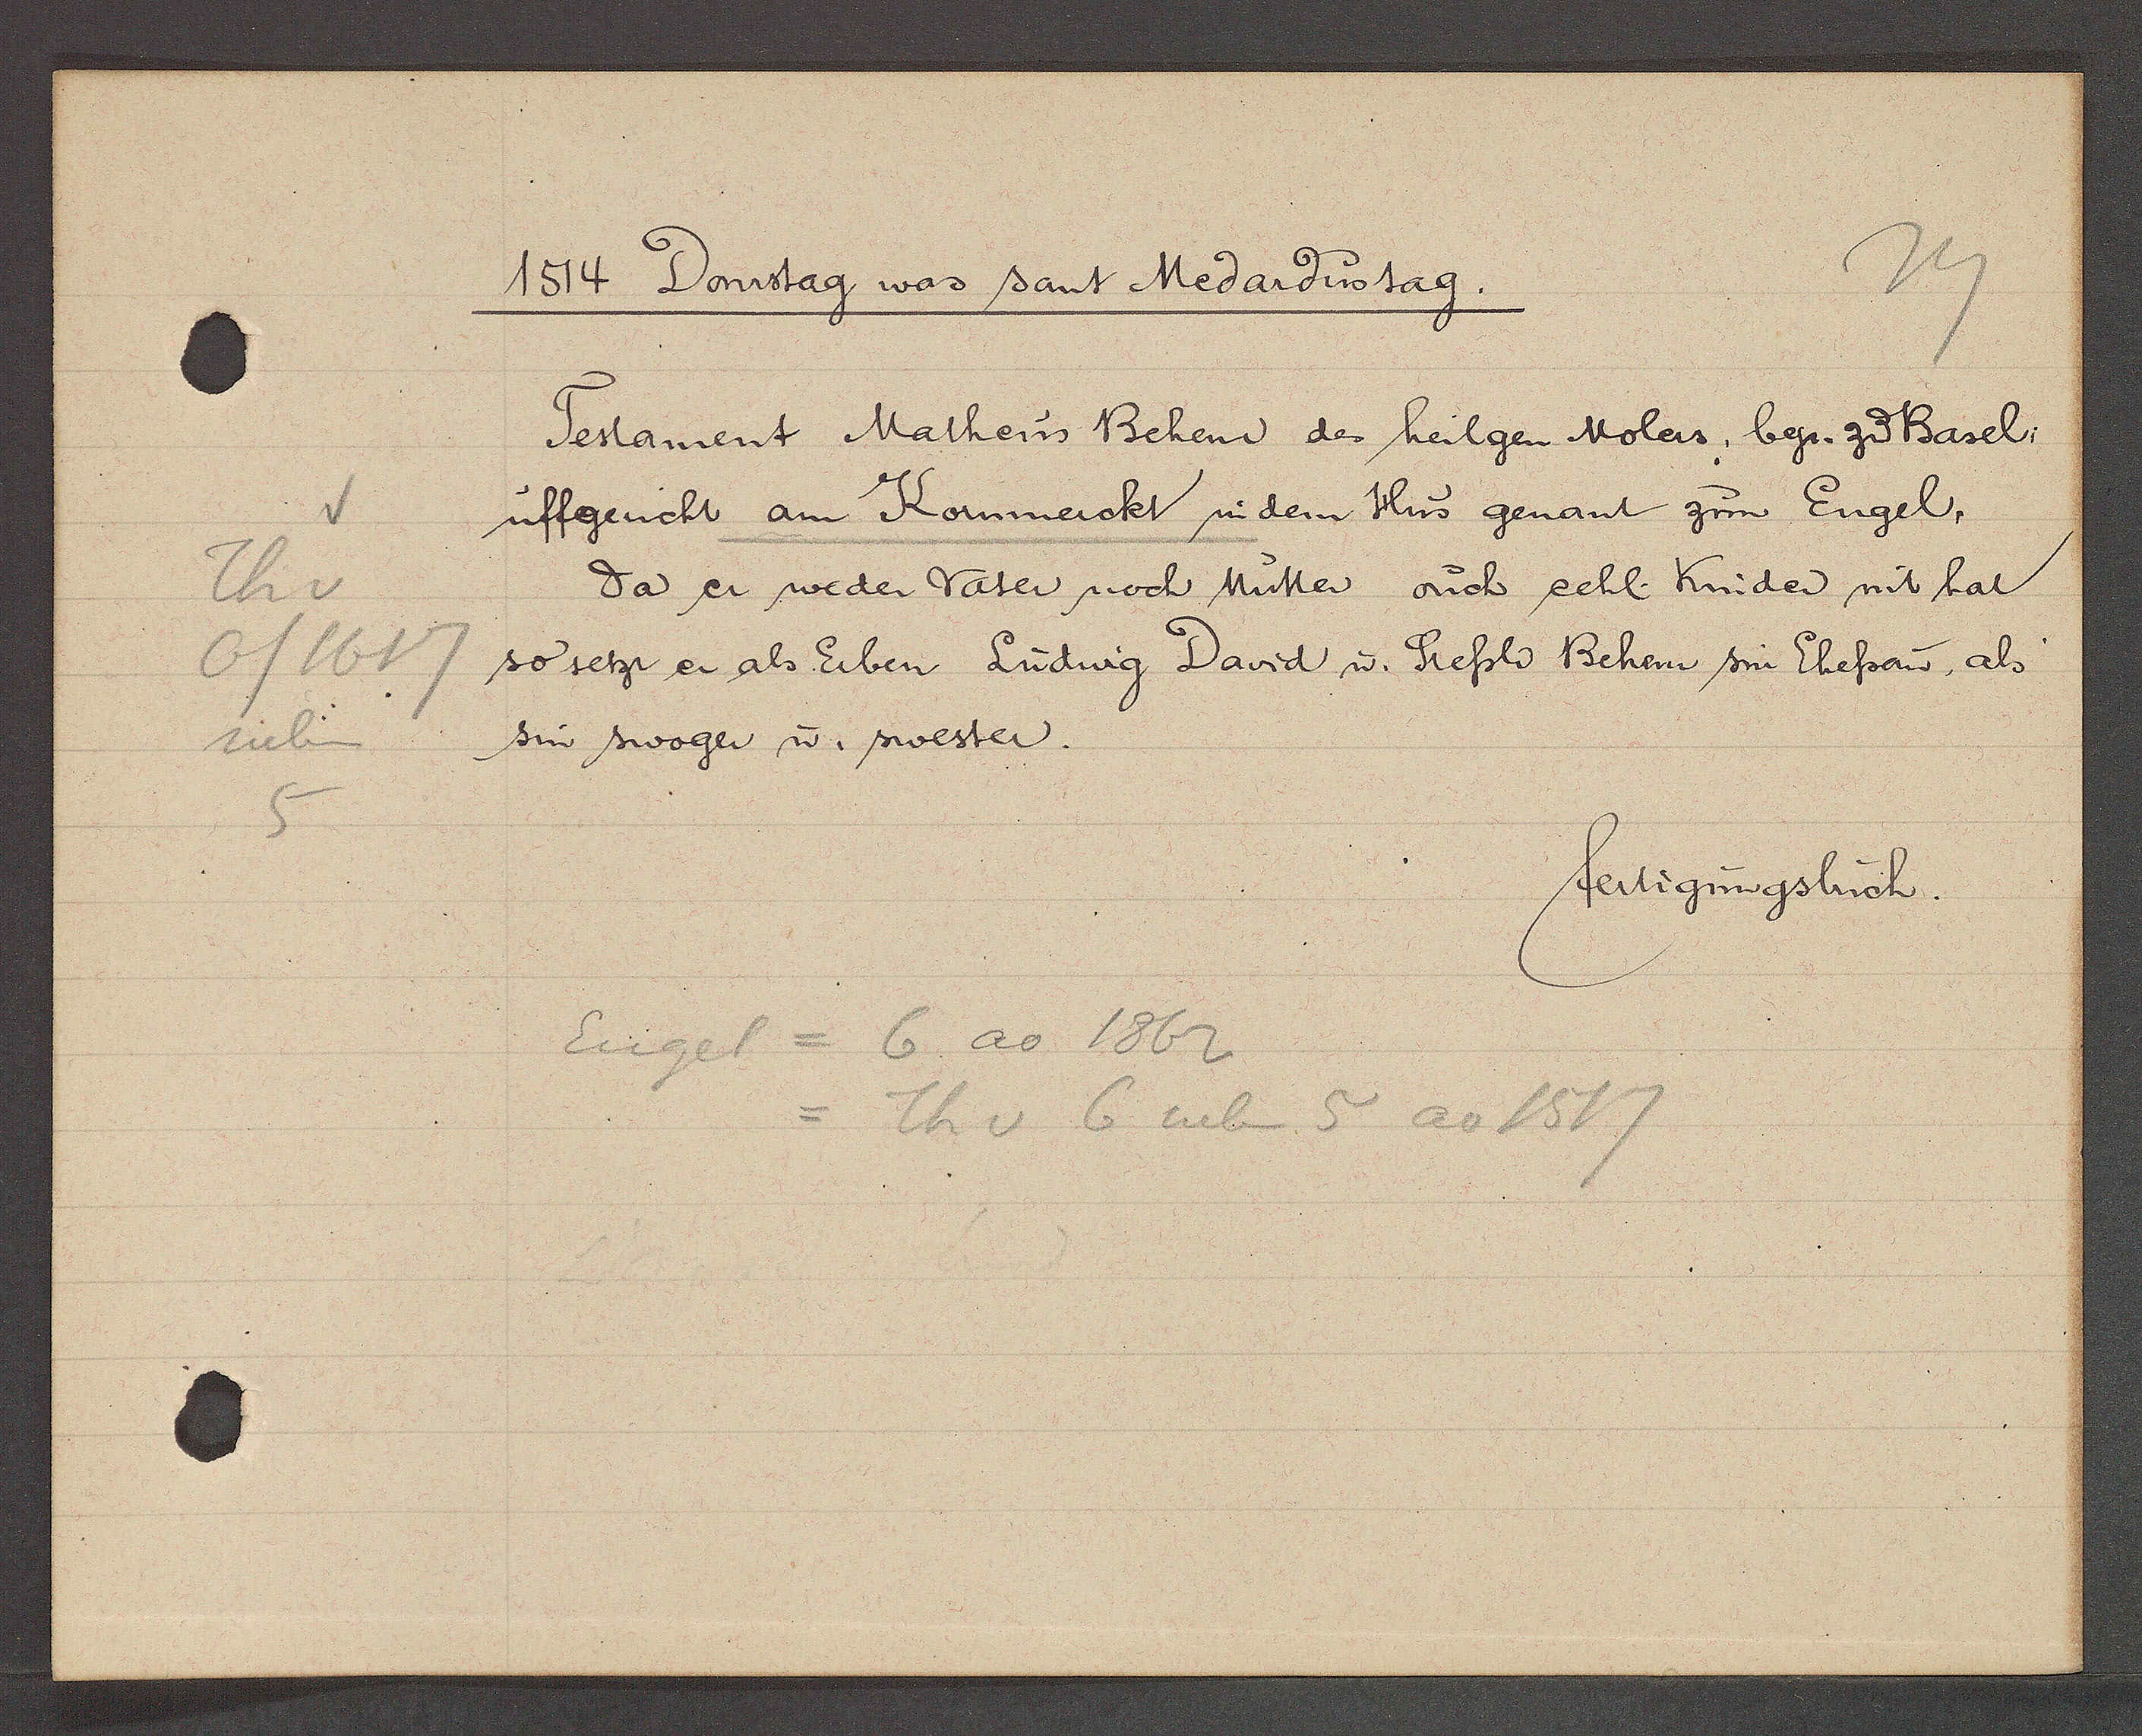
Transcript:
v
Th v
6/1617
neben
5

1514 Donstag was sant Medardistag.

Testament Matheus Behen des heilgen Molers, bgr. zu Basel;
uffgericht am Kornmerckt in dem Hus genant zum Engel,
da er weder Vater noch Mutter ouch eehl. Kinder mit hat
so setzr er als Erben Ludwig David u Stessli Behem sin Ehefrow, als
sin swoger u. swester.

fertigungsbuch.

Engel = 6 ao 1862
= Th v 6 neben 5 ao 1517